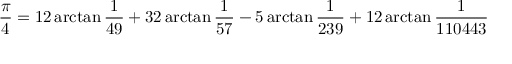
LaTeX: { \frac { \pi } { 4 } } = 1 2 \arctan { \frac { 1 } { 4 9 } } + 3 2 \arctan { \frac { 1 } { 5 7 } } - 5 \arctan { \frac { 1 } { 2 3 9 } } + 1 2 \arctan { \frac { 1 } { 1 1 0 4 4 3 } }